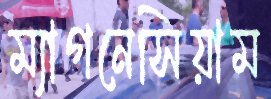
ম্যাগনেসিয়াম